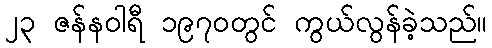
၂၃ ဇန်နဝါရီ ၁၉၇၀တွင် ကွယ်လွန်ခဲ့သည်။